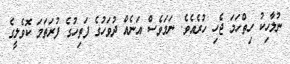
ނުލާހިކު ހިތްހަމަ ޖެހި ހުރެއެވެ. ނަމަވެސް އަނެއް ދުވަހުގެ ފަތިހުގެ ފުރަތަމަ ކޮވެލީގެ